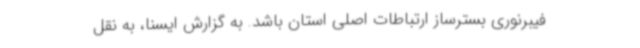
فیبرنوری بسترساز ارتباطات اصلی استان باشد. به گزارش ایسنا، به نقل